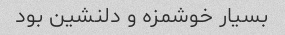
بسیار خوشمزه و دلنشین بود